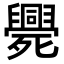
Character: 𣩺